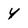
Character: y